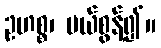
ဥဟစ္စ၊ ပယ်စွန့်၍။